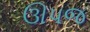
ઊપજ